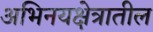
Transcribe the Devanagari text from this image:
अभिनयक्षेत्रातील